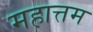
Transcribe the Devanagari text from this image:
महात्तम